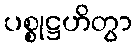
ပစ္စုဋ္ဌဟိတွာ